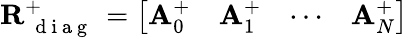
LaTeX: \mathbf{R}_{\mathrm{~{~d~i~a~g~}~}}^{+}=\left[\begin{array}{llll}{\mathbf{A}_{0}^{+}}&{\mathbf{A}_{1}^{+}}&{\cdots}&{\mathbf{A}_{N}^{+}}\end{array}\right]